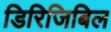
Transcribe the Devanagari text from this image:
डिरिजिबिल